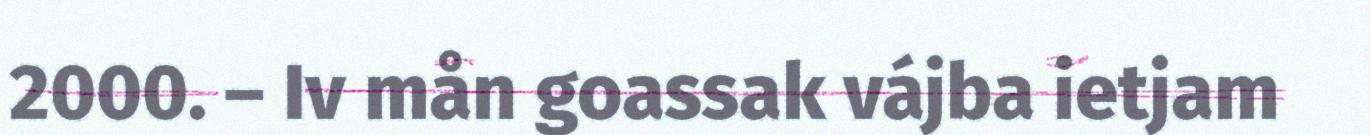
2000. – Iv mån goassak vájba ietjam